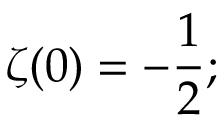
\zeta ( 0 ) = - { \frac { 1 } { 2 } } ;